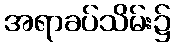
အရာခပ်သိမ်း၌